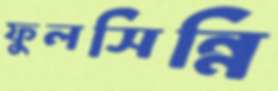
ফুলসিন্নি